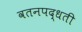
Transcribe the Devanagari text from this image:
वतनपद्धती